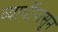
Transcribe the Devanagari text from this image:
व्याधींपासून